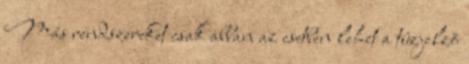
Más rendszereket csak abban az esetben lehet a tûzjelzõ